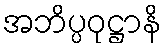
အဘိပ္ပဝုဋ္ဌာနိ